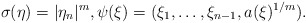
\begin{align*}\sigma(\eta)=|\eta_n|^m,\psi(\xi)=(\xi_1,\ldots,\xi_{n-1},a(\xi)^{1/m}).\end{align*}